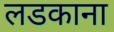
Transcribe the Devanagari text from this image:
लडकाना